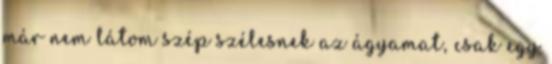
már nem látom szép szélesnek az ágyamat, csak egy